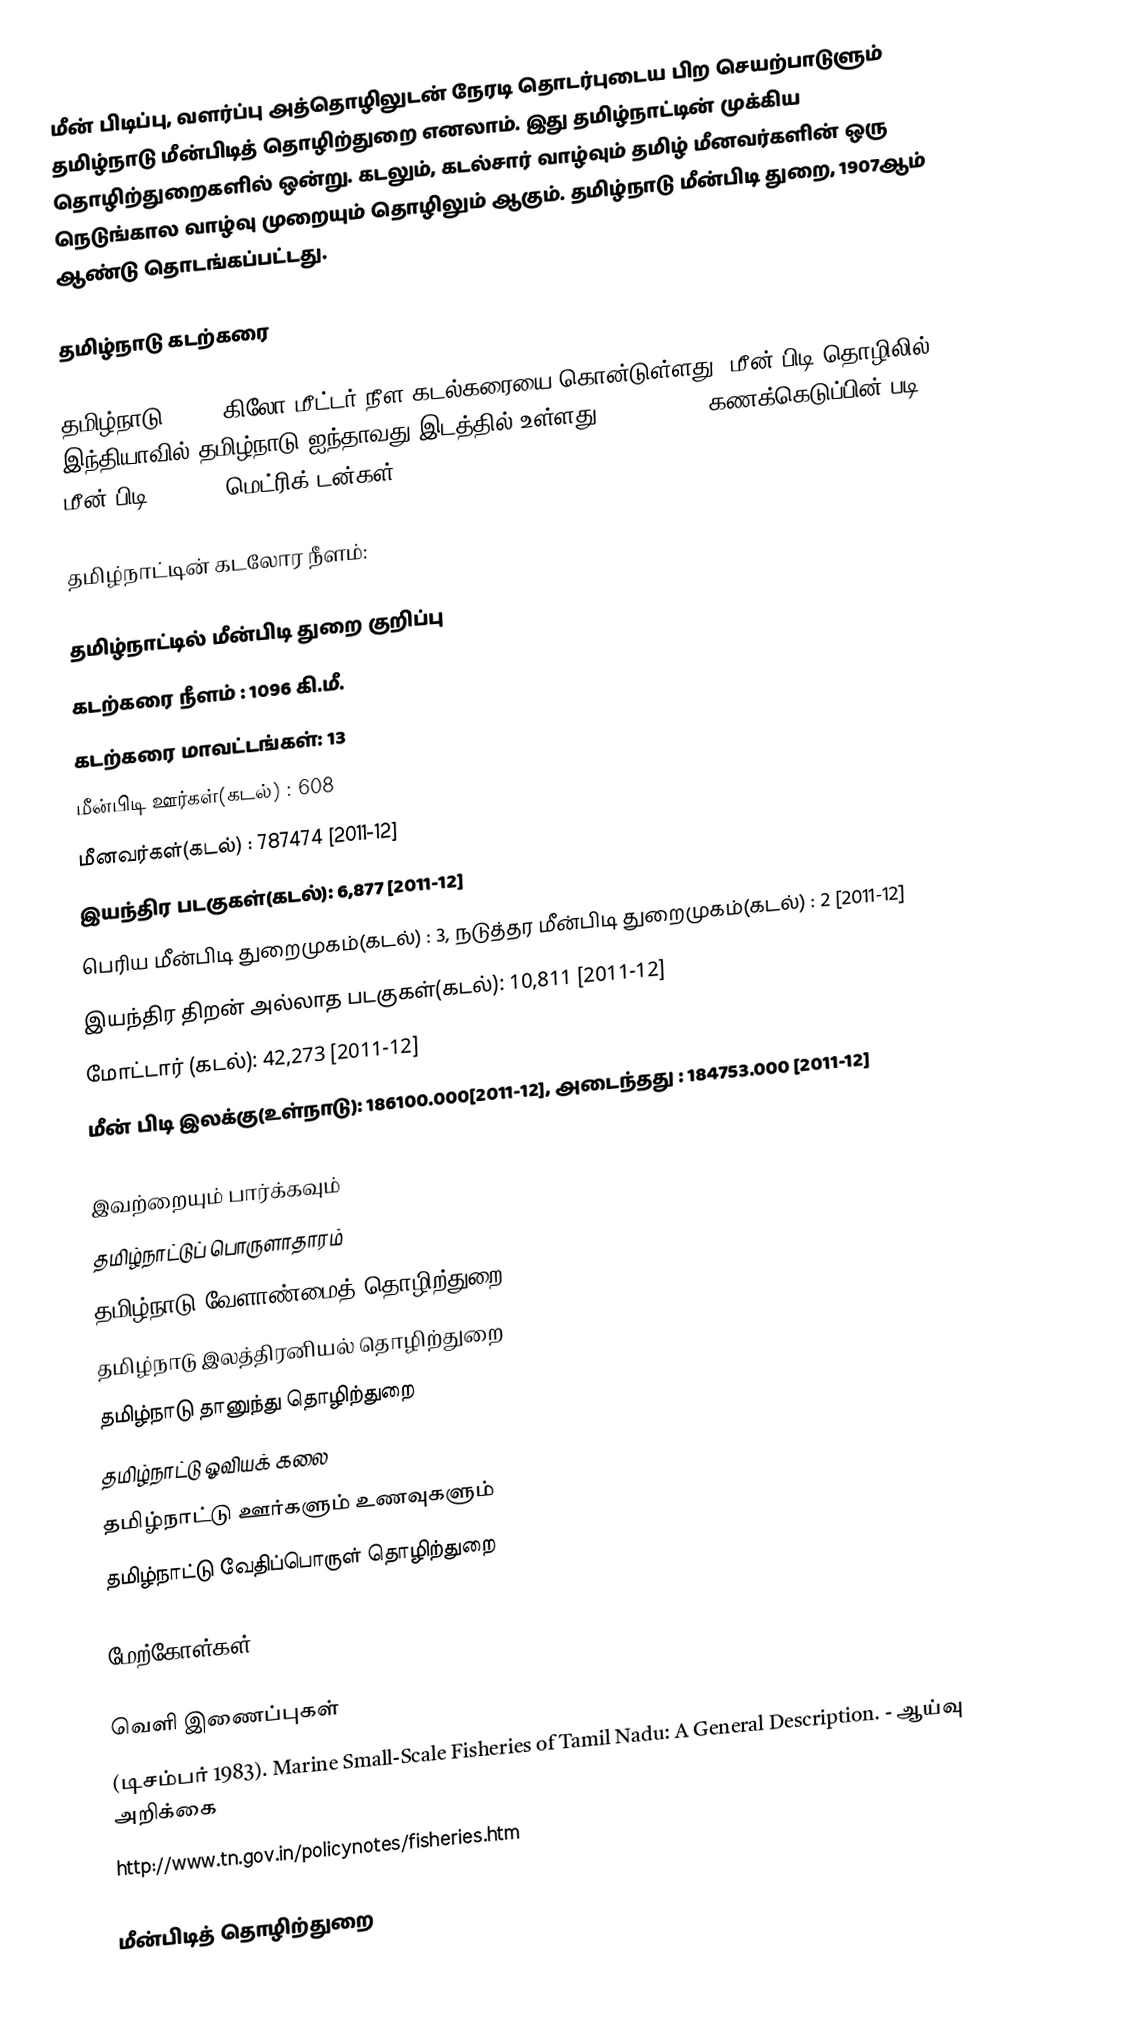
மீன் பிடிப்பு, வளர்ப்பு அத்தொழிலுடன் நேரடி தொடர்புடைய பிற செயற்பாடுளும் தமிழ்நாடு மீன்பிடித் தொழிற்துறை எனலாம்.  இது தமிழ்நாட்டின் முக்கிய தொழிற்துறைகளில் ஒன்று.  கடலும், கடல்சார் வாழ்வும் தமிழ் மீனவர்களின் ஒரு நெடுங்கால வாழ்வு முறையும் தொழிலும் ஆகும். தமிழ்நாடு மீன்பிடி துறை, 1907ஆம் ஆண்டு தொடங்கப்பட்டது.

தமிழ்நாடு கடற்கரை

தமிழ்நாடு, 1076 கிலோ மீட்டர் நீள கடல்கரையை கொன்டுள்ளது. மீன் பிடி தொழிலில், இந்தியாவில் தமிழ்நாடு ஐந்தாவது இடத்தில் உள்ளது. 2007-2008, கணக்கெடுப்பின் படி, மீன் பிடி 559,360 மெட்ரிக் டன்கள்.

தமிழ்நாட்டின் கடலோர நீளம்:

தமிழ்நாட்டில் மீன்பிடி துறை குறிப்பு
 கடற்கரை நீளம் : 1096 கி.மீ.
 கடற்கரை மாவட்டங்கள்: 13
 மீன்பிடி ஊர்கள்(கடல்) : 608
 மீனவர்கள்(கடல்) : 787474 [2011-12]
 இயந்திர படகுகள்(கடல்): 6,877 [2011-12]
 பெரிய மீன்பிடி துறைமுகம்(கடல்) : 3, நடுத்தர மீன்பிடி துறைமுகம்(கடல்) : 2 [2011-12]
 இயந்திர திறன் அல்லாத படகுகள்(கடல்): 10,811 [2011-12]
 மோட்டார் (கடல்): 42,273 [2011-12]
 மீன் பிடி இலக்கு(உள்நாடு): 186100.000[2011-12], அடைந்தது : 184753.000 [2011-12]

இவற்றையும் பார்க்கவும்
தமிழ்நாட்டுப் பொருளாதாரம்
தமிழ்நாடு வேளாண்மைத் தொழிற்துறை
தமிழ்நாடு இலத்திரனியல் தொழிற்துறை
தமிழ்நாடு தானுந்து தொழிற்துறை
தமிழ்நாட்டு ஓவியக் கலை
தமிழ்நாட்டு ஊர்களும் உணவுகளும்
தமிழ்நாட்டு வேதிப்பொருள் தொழிற்துறை

மேற்கோள்கள்

வெளி இணைப்புகள்
 (டிசம்பர் 1983). Marine Small-Scale Fisheries of Tamil Nadu: A General Description.  - ஆய்வு அறிக்கை
 http://www.tn.gov.in/policynotes/fisheries.htm

மீன்பிடித் தொழிற்துறை